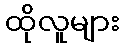
ထိုလူများ